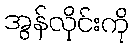
အွန်လိုင်းကို